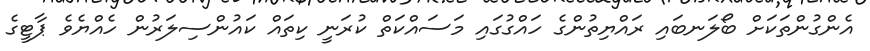
އެންގުންތަކަށް ބޯލަނބައި ރައްޔިތުންގެ ހައްގުގައި މަސައްކަތް ކުރަނީ ކިތައް ކައުންސިލަރުން ހެއްޔެވެ ޕާޓީގެ